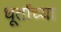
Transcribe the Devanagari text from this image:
धूर्तांच्या